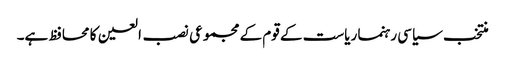
منتخب سیاسی رہنما ریاست کے قوم کے مجموعی نصب العین کا محافظ ہے۔